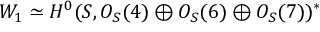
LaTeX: W _ { 1 } \simeq H ^ { 0 } ( { \cal S } , { \cal O } _ { { \cal S } } ( 4 ) \oplus { \cal O } _ { { \cal S } } ( 6 ) \oplus { \cal O } _ { { \cal S } } ( 7 ) ) ^ { * }